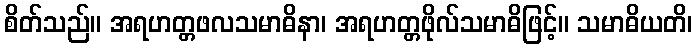
စိတ်သည်။ အရဟတ္တဖလသမာဓိနာ၊ အရဟတ္တဖိုလ်သမာဓိဖြင့်။ သမာဓိယတိ၊